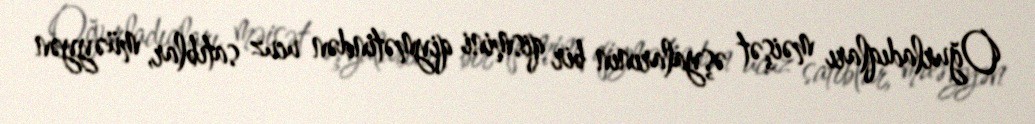
Oğurladıqları məişət əşyalarının bir qismini qiymətindən ucuz satıblar, müəyyən